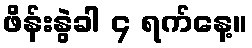
ဖိန်းနွဲခါ ၄ ရက်နေ့။